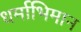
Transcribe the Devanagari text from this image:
धर्माभिमान